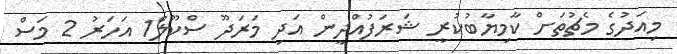
މިއަދުގެ މެޗުތަށް ކާމިޔާބުކުރީ ޝަރަފުއްދީން އަދި މަރަދޫ ސްކޫލް1 އަހަރު 2 މަސް